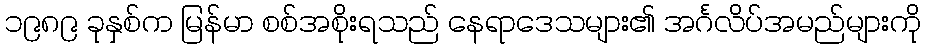
၁၉၈၉ ခုနှစ်က မြန်မာ စစ်အစိုးရသည် နေရာဒေသများ၏ အင်္ဂလိပ်အမည်များကို